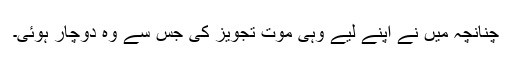
چنانچہ میں نے اپنے لیے وہی موت تجویز کی جس سے وہ دوچار ہوئی۔